Insane asylums in Bengal annual reports 1867-1875 - 1867-1875
Year: 1867
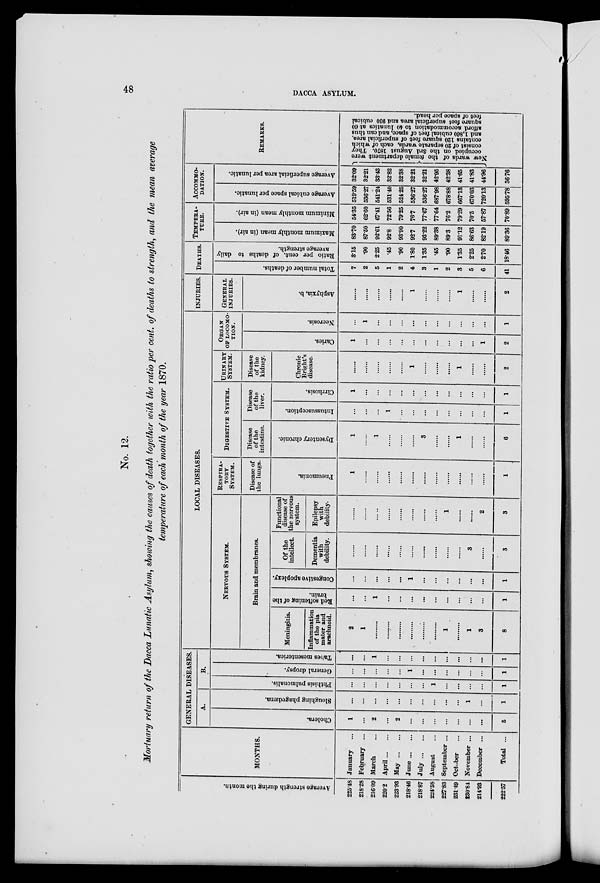
48
DACCA ASYLUM.
No. 12.
Mortuary return of the Dacca Lunatic Asylum, showing the causes of death together with the ratio per cent. of deaths to strength, and the mean average
temperature of each month of the year 1870.
Average strength during the month.
225.48
218.28
216.09
220.2
223.98
218.46
218.87
224.58
227.83
231.49
230.84
214.93
222.57
MONTHS.
January ...
February ...
March ...
April ... ...
May ... ...
June ... ...
July ... ...
August ...
September ...
October ...
November ...
December ...
Total ...
GENERAL DISEASES.
A.
Cholera.
1
...
2
...
2
...
...
...
...
...
...
...
5
Sloughing phagedæna.
...
...
...
...
...
...
...
...
...
...
1
...
1
B.
Phthisis pulmonalis.
...
...
...
...
...
...
...
1
...
...
...
...
1
General dropsy.
...
...
...
...
...
1
...
...
...
...
...
1
Tabes mesenterica.
...
...
1
...
...
...
...
...
...
...
...
...
1
LOCAL DISEASES.
NERVOUS
SYSTEM.
Brain and membranes.
Meningitis.
Inflammation
of the pia
mater and
arachnoid.
2
1
.........
.........
.........
.........
.........
.........
1
.........
1
3
8
Bed softening of the
brain.
...
...
1
...
...
...
...
...
...
...
...
...
1
Congestive apoplexy.
...
...
...
...
...
1
...
...
...
...
...
...
1
Of the
intellect.
Dementia
with
debility.
......
......
......
......
......
......
......
......
......
......
3
......
3
Functional
disease of
the nervous
system.
Epilepsy
with
debility.
......
......
......
......
......
......
......
......
1
......
......
2
3
RESPIRA-
----
SYSTEM.
Disease of
the lungs.
Pneumonia.
1
......
......
......
......
......
......
......
......
......
......
......
1
DIGESTIVE
SYSTEM.
Disease
of the
intestine.
Dysentery chronic.
1
......
1
......
......
......
3
......
......
1
......
......
6
Disease
of the
liver.
Intussusception.
...
...
...
1
...
...
...
...
...
...
...
...
1
Cirrhosis.
1
...
...
...
...
...
...
...
...
...
...
...
1
URINARY
SYSTEM.
Disease
of the
kidney.
Chronic
Bright's
disease.
...
...
...
...
...
1
...
...
...
1
...
...
2
ORGAN
OF LOCOMO-
TION.
Caries.
1
...
...
...
...
...
...
...
...
...
...
1
2
Necrosis.
...
1
...
...
...
...
...
...
...
...
...
...
1
INJURIES.
GENERAL
INJURIES.
Asphyxia, b.
......
......
......
......
......
1
......
......
......
1
......
......
2
DEATHS.
Total number of deaths.
7
2
5
1
2
4
3
1
2
3
5
6
41
Ratio per cent. of deaths to daily
average strength.
3.15
.90
2.25
.45
.90
1.80
1.35
.45
.90
1.35
2.25
2.70
18.46
TEMPERA-
----.
Maximum monthly mean (in air).
83.70
87.50
92.61
92.8
93.90
92.7
93.22
89.38
89.3
91.12
86.63
82.19
89.36
Minimum monthly mean (in air).
54.35
62.60
67.41
72.56
79.25
76.7
77.67
77.64
76.2
79.29
70.5
57.87
70.89
ACCOMMO-
------.
Average cubical space per lunatic.
519.59
536.27
541.24
531.40
524.25
536.27
536.27
687.98
678.88
667.13
670.03
720.13
595.78
Average superficial area per lunatic.
32.09
32.21
33.43
32.82
32.38
32.21
32.21
42.95
42.38
41.65
41.83
44.96
36.76
REMARKS.
New wards of the female department were
occupied on the 3rd August 1870. They
consist of 20 separate wards, each of which
contains 120 square feet of superficial area,
and 1,860 cubical feet of space, and can thus
afford accommodation to 40 lunatics at 60
square feet superficial area and 930 cubical
feet of space per head.